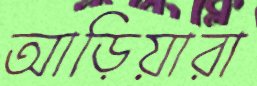
আড়িয়ারা